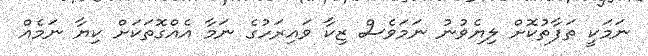
ނަމަކީ ތަފާތުކޮށް ލިޔެވުނު ނަމަވެސް ޒިކާ ވައިރަހުގެ ނަމާ އެއްގޮތަކަށް ކިޔާ ނަމެއް